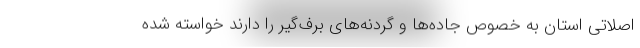
اصلاتی استان به خصوص جاده‌ها و گردنه‌های برف‌گیر را دارند خواسته شده